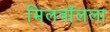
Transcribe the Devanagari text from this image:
मिलवॉलला